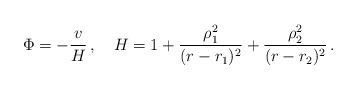
\begin{align*}\Phi = -\frac{v}{H}\, ,\quad H=1+\frac{\rho_1^2}{(r-r_1)^2}+ \frac{\rho_2^2}{(r-r_2)^2}\, .\end{align*}